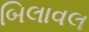
બિલાવલ